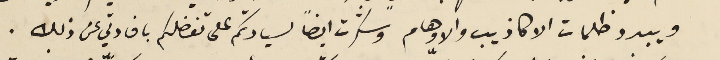
ويبدد ظلمات الاكاذيب والاوهام وشكرت ايضًا لسيادتكم على تفضلكم بافادتي عن ذلك.